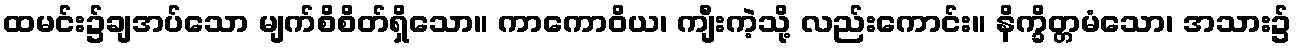
ထမင်း၌ချအပ်သော မျက်စိစိတ်ရှိသော။ ကာကောဝိယ၊ ကျီးကဲ့သို့ လည်းကောင်း။ နိက္ခိတ္တမံသော၊ အသား၌